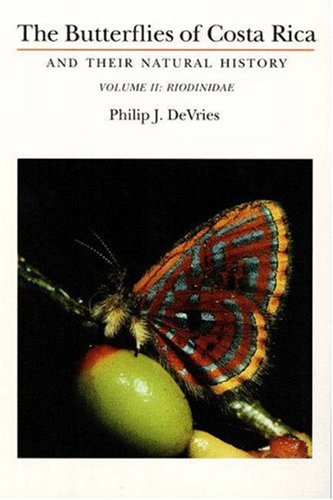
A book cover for The Butterflies of Costa Rica and Their Natural History, Vol. II: Riodinidae; Philip J. DeVries; Sports & Outdoors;